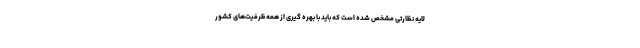
لایه نظارتی مشخص شده است که باید با بهره گیری از همه ظرفیت‌های کشور